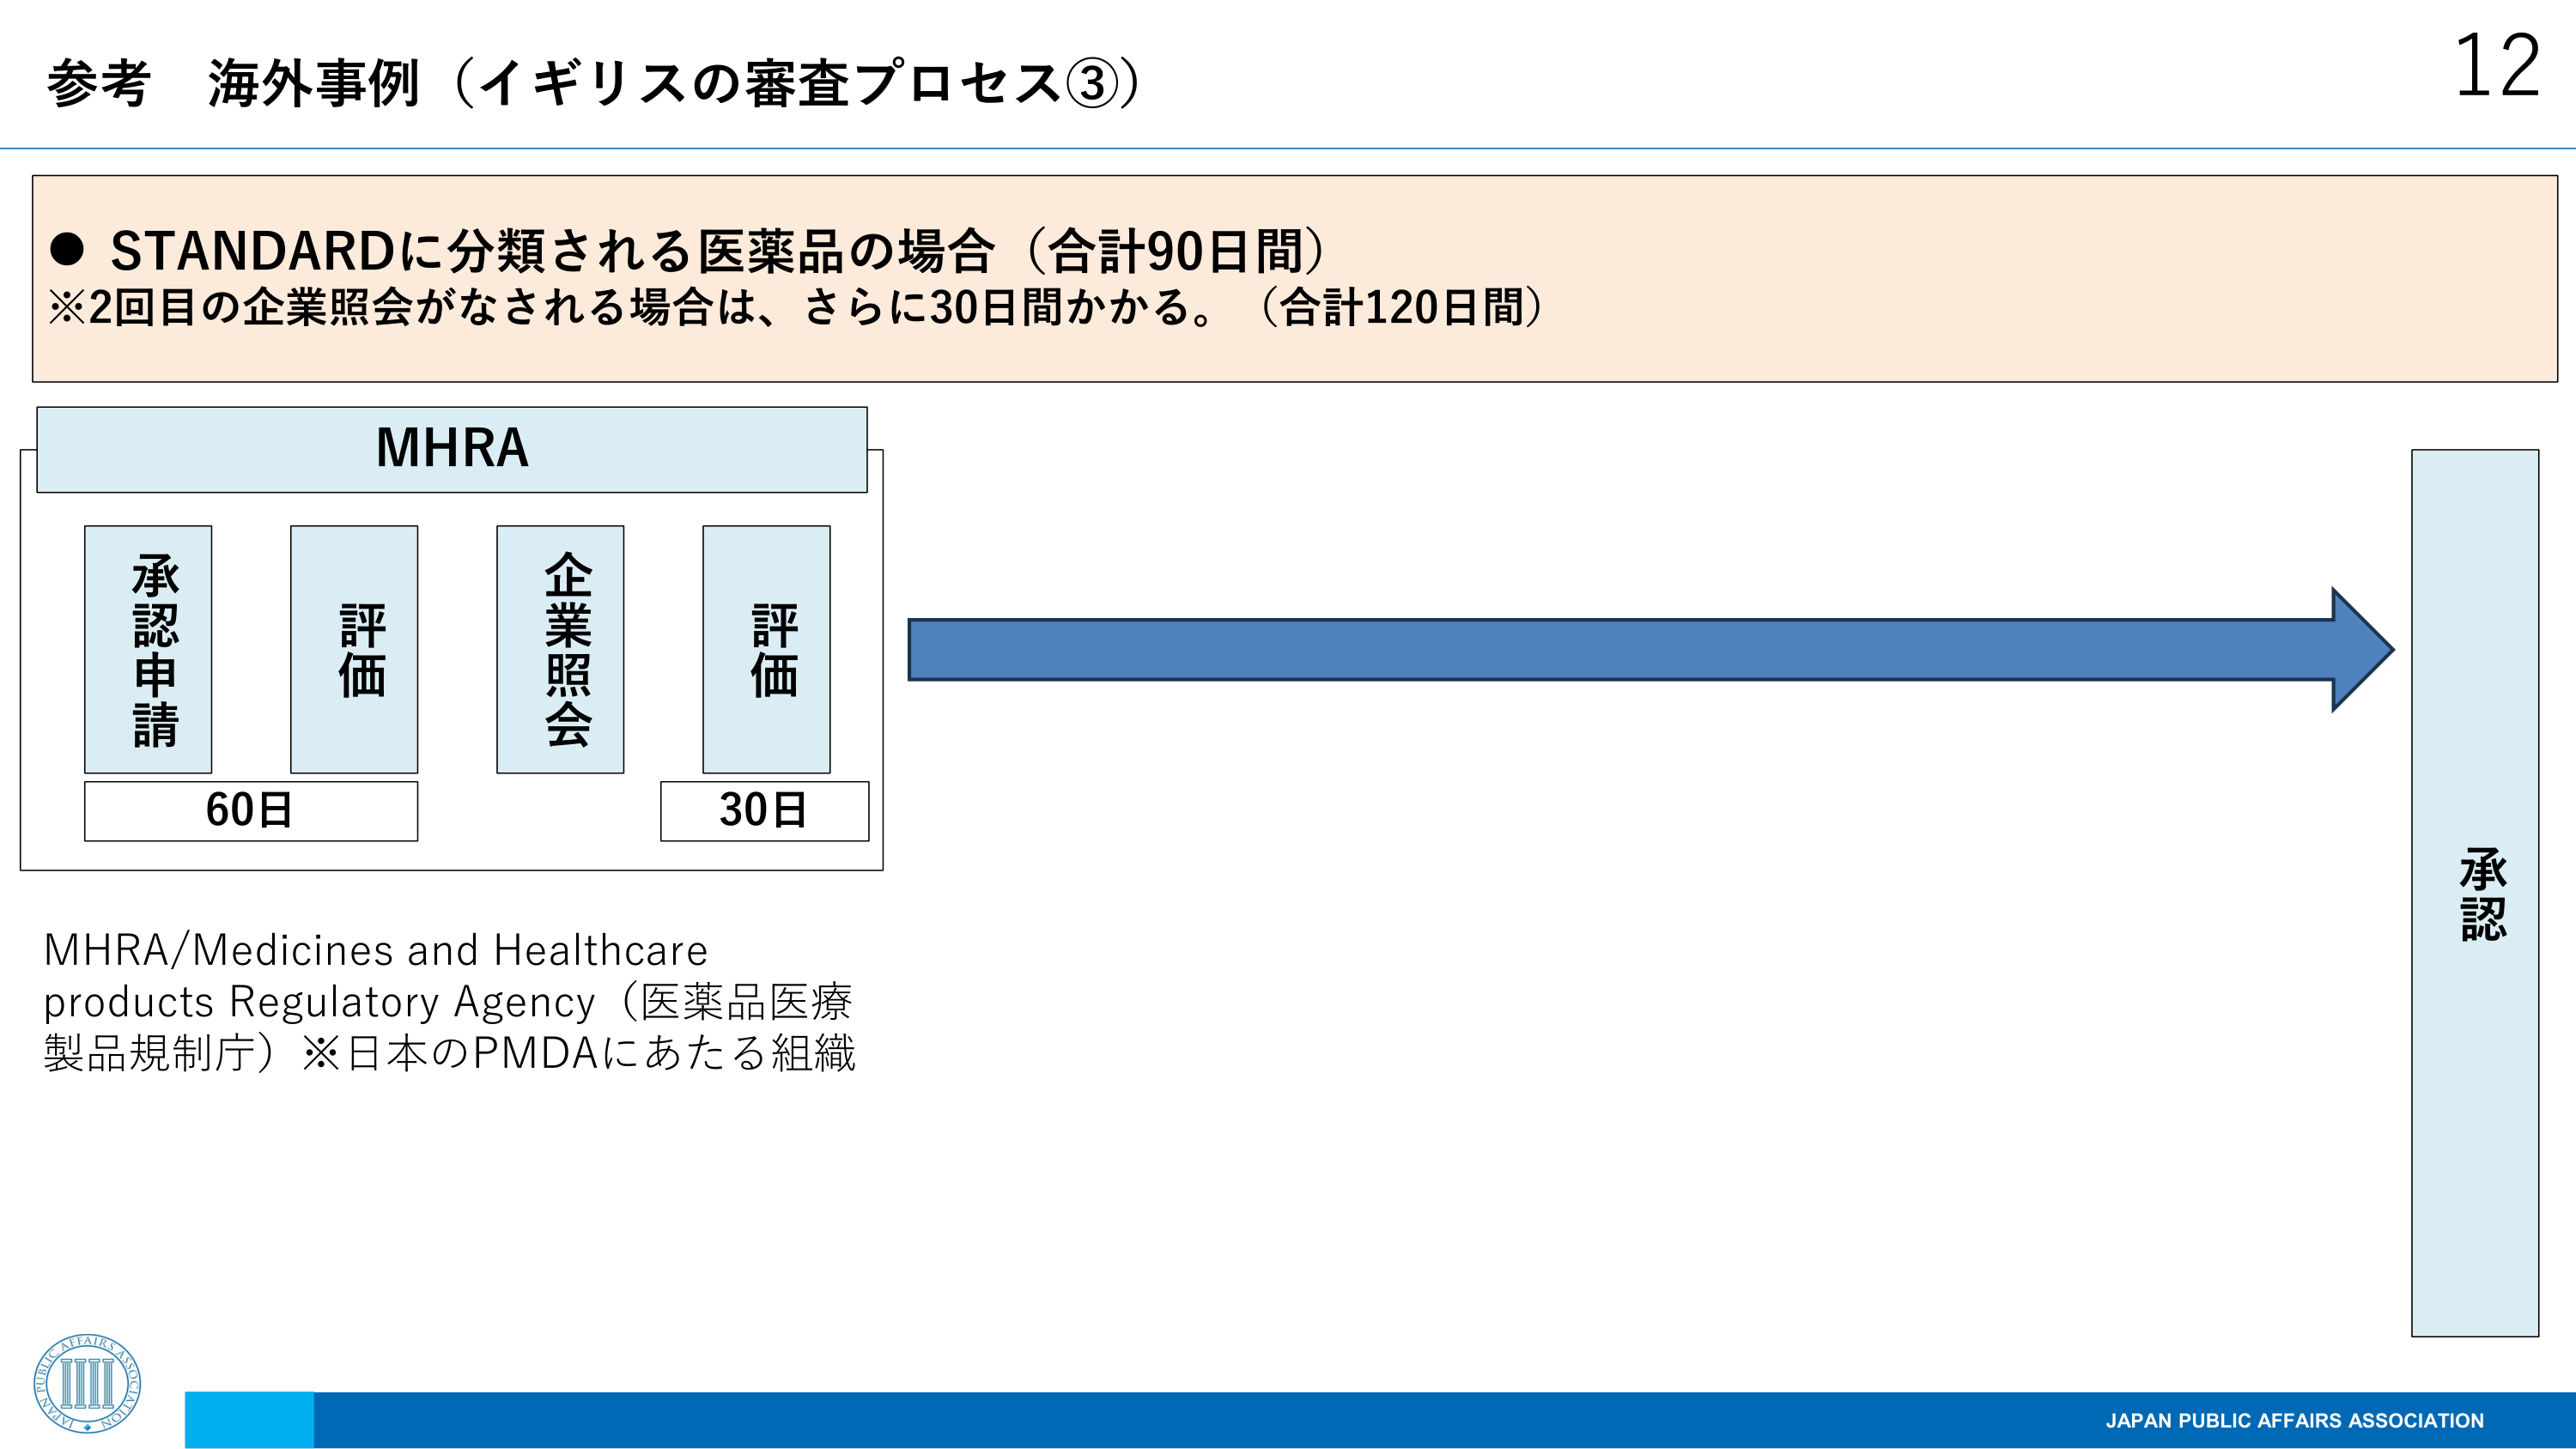
参考 海外事例（イギリスの審査プロセス③）

● STANDARDに分類される医薬品の場合（合計90日間）
※2回目の企業照会がなされる場合は、さらに30日間かかる。（合計120日間）

MHRA
承認申請
評価
企業照会
評価
60日
30日

MHRA/Medicines and Healthcare products Regulatory Agency（医薬品医療製品規制庁）※日本のPMDAにあたる組織

承認

12
JAPAN PUBLIC AFFAIRS ASSOCIATION